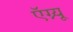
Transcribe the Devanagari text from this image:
ऍग्न्यू